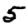
Digit: 5